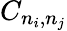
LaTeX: C_{n_{i},n_{j}}